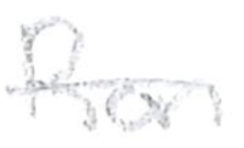
Text: Ron
Cross-out: single-line
Writing tool: pencil